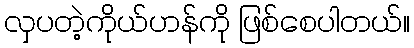
လှပတဲ့ကိုယ်ဟန်ကို ဖြစ်စေပါတယ်။